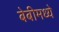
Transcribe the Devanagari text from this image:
बेबीमध्ये